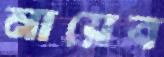
নায়েব